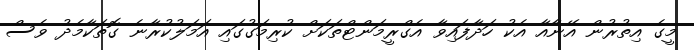
މީގެ އިތުރުން އޭނާއާ އެކު ހަދާފައިވާ އެގްރީމަންޓްތަކަށް ކުރިމަގުގައި އަމަލުކުރާނެ ގޮތަކާމެދު ވެސް